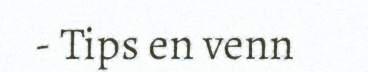
- Tips en venn